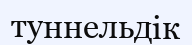
туннельдік